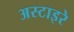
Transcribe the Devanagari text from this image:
अस्टाइरे